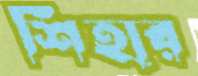
শিহার